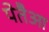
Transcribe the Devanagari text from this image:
पेतैआ